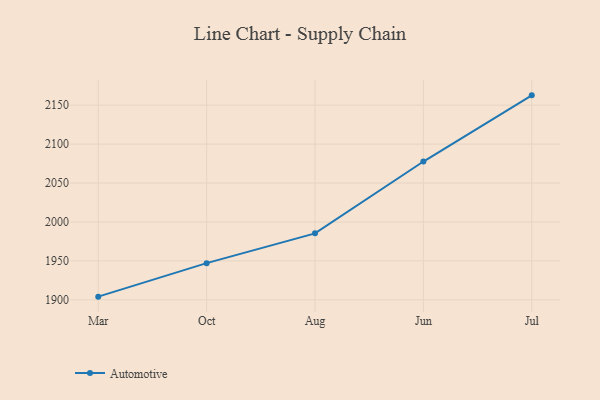
{"axis": {"x": "Month", "y": "Website Visitors"}, "legend": ["Automotive"], "data": [{"x": "Mar", "y": 1904.1, "type": "Automotive"}, {"x": "Oct", "y": 1947.1, "type": "Automotive"}, {"x": "Aug", "y": 1985.4, "type": "Automotive"}, {"x": "Jun", "y": 2077.6, "type": "Automotive"}, {"x": "Jul", "y": 2162.6, "type": "Automotive"}]}